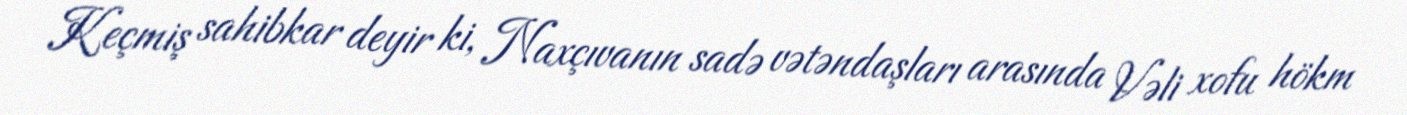
Keçmiş sahibkar deyir ki, Naxçıvanın sadə vətəndaşları arasında Vəli xofu hökm